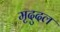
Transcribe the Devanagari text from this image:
मृदुदल